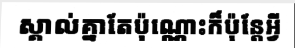
ស្គាល់គ្នាតែប៉ុណ្ណោះក៏ប៉ុន្តែអ្វី